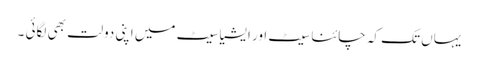
یہاں تک کہ چائنا سیٹ اور ایشیا سیٹ میں اپنی دولت بھی لگائی ۔